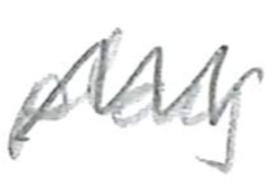
Text: play
Cross-out: zig-zag
Writing tool: pencil